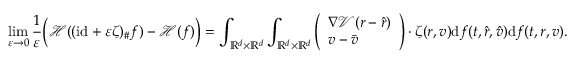
\operatorname* { l i m } _ { \varepsilon \rightarrow 0 } \frac { 1 } { \varepsilon } \Big ( \mathcal H ( ( \mathrm { i d } + \varepsilon \zeta ) _ { \# } f ) - \mathcal H ( f ) \Big ) = \int _ { \mathbb R ^ { d } \times \mathbb R ^ { d } } \int _ { \mathbb R ^ { d } \times \mathbb R ^ { d } } \left( \begin{array} { l } { \nabla \mathcal V ( r - \hat { r } ) } \\ { v - \bar { v } } \end{array} \right) \cdot \zeta ( r , v ) \mathrm d f ( t , \hat { r } , \hat { v } ) \mathrm d f ( t , r , v ) .